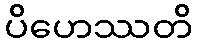
ပိဟေဿတိ